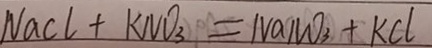
N a C l + K N O _ { 3 } = N a N O _ { 3 } + K C l